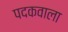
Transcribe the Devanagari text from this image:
पदकवाला